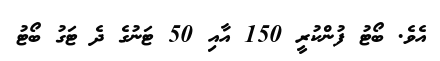
އެވެ. ބޯޓު ފުންކުރީ 150 އާއި 50 ޓަނުގެ ދެ ޓަގު ބޯޓު